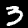
Digit: 3